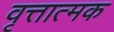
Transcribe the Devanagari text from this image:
वृत्तात्मक